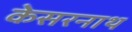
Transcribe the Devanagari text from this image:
केसरनाथ